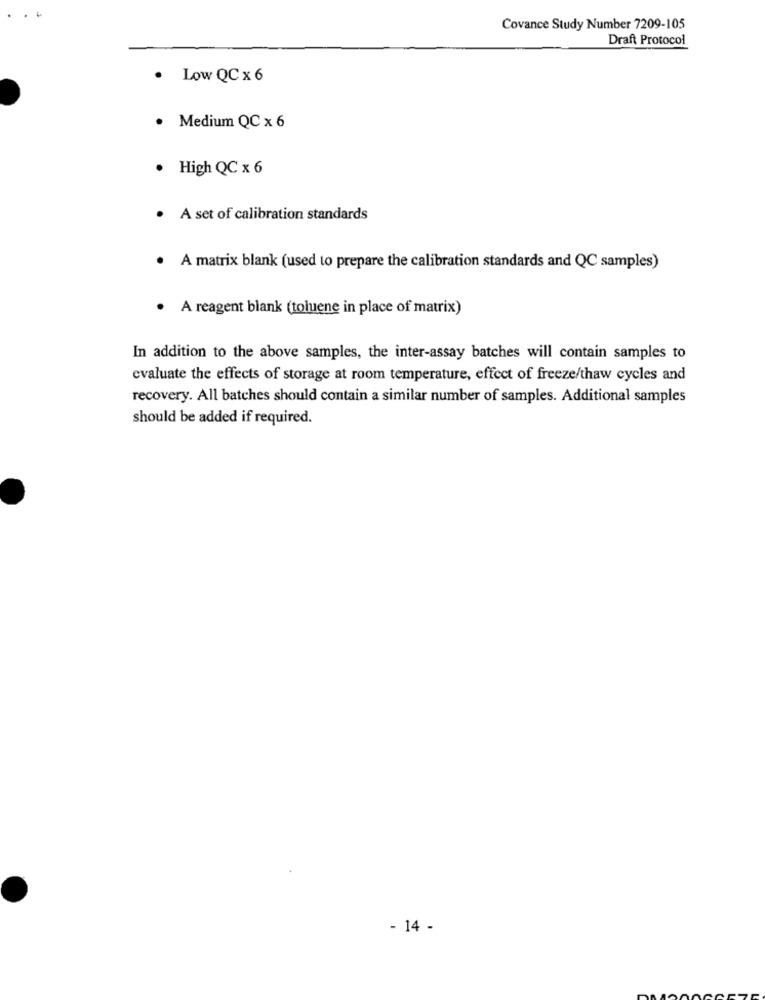
Covance Study Number 7209-105
Draft Protocol
. Low QC x 6
. Medium QC x 6
. High QC x 6
· A set of calibration standards
. A matrix blank (used to prepare the calibration standards and QC samples)
. A reagent blank (toluene in place of matrix)
In addition to the above samples, the inter-assay batches will contain samples to
evaluate the effects of storage at room temperature, effect of freeze/thaw cycles and
recovery. All batches should contain a similar number of samples. Additional samples
should be added if required.
- 14 -